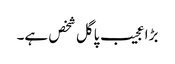
بڑا عجیب پاگل شخص ہے۔